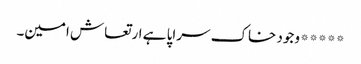
*****وجود خاک سراپا ہے ارتعاش امین۔